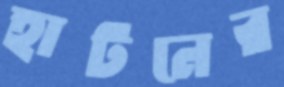
হাটনের